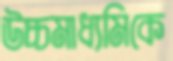
উচ্চমাধ্যমিকে